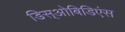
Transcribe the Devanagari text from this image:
डिस्‌ओबिडिएंस